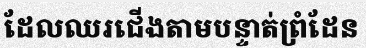
ដែលឈរជើងតាមបន្ទាត់ព្រំដែន